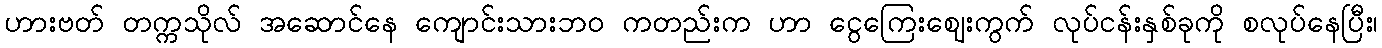
ဟားဗတ် တက္ကသိုလ် အဆောင်နေ ကျောင်းသားဘ၀ ကတည်းက ဟာ ငွေကြေးဈေးကွက် လုပ်ငန်းနှစ်ခုကို စလုပ်နေပြီး၊